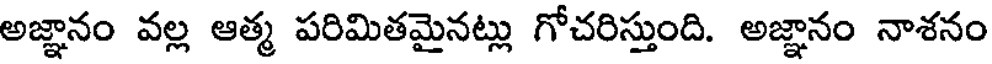
అజ్ఞానం వల్ల ఆత్మ పరిమితమైనట్లు గోచరిస్తుంది. అజ్ఞానం నాశనం